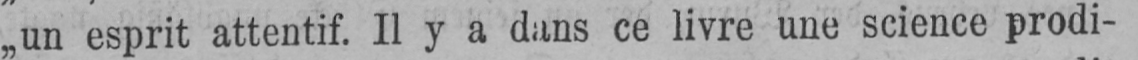
„un esprit attentif. Il y a dans ce livre une science prodi-